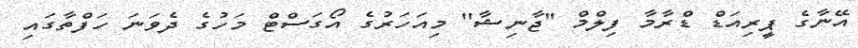
އޭނާގެ ޕީރިއަޑް ޑްރާމާ ފިލްމް ''ޖާނިޝާ'' މިއަހަރުގެ އޯގަސްޓް މަހުގެ ދެވަނަ ހަފްތާގައި